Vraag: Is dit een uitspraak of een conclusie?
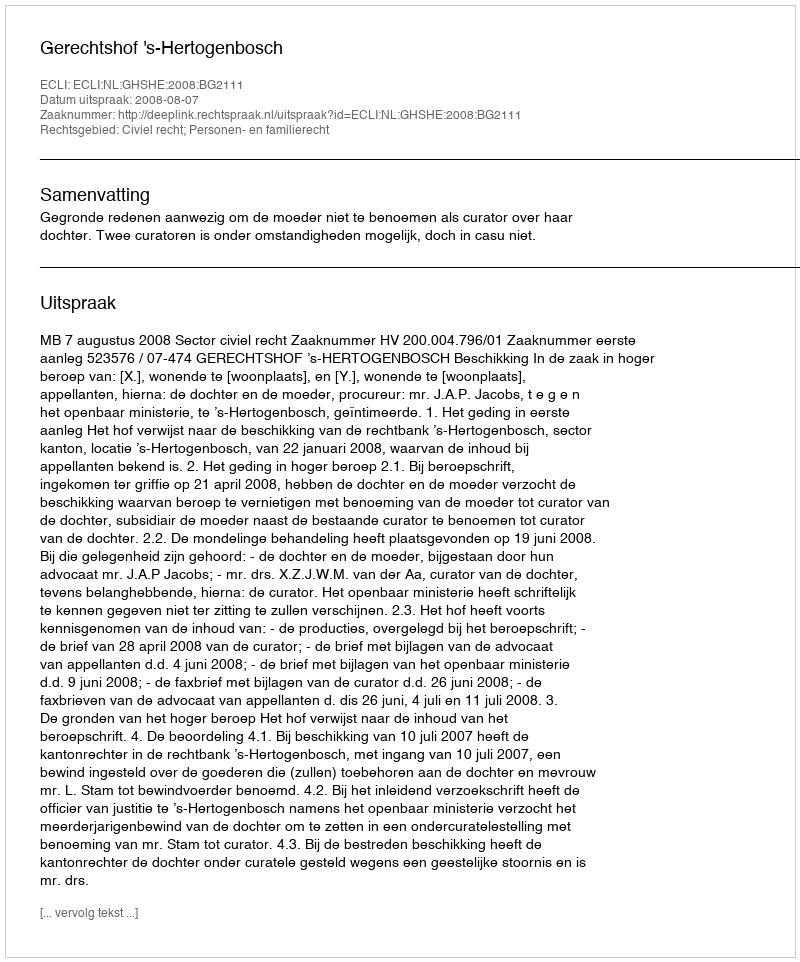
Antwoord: Uitspraak